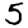
Digit: 5